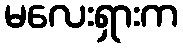
မလေးရှားက